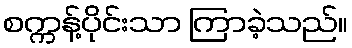
စက္ကန့်ပိုင်းသာ ကြာခဲ့သည်။